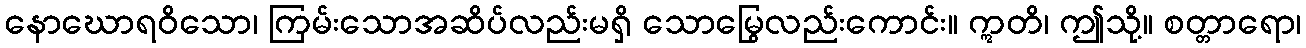
နောဃောရဝိသော၊ ကြမ်းသောအဆိပ်လည်းမရှိ သောမြွေလည်းကောင်း။ ဣတိ၊ ဤသို့။ စတ္တာရော၊